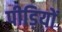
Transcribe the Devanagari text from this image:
पीड़ियों